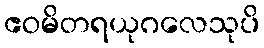
ဧဝမိတရယုဂလေသုပိ